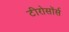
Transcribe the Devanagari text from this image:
टीरोसॉर्स